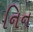
નિન